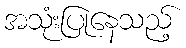
အသုံးပြုနေသည့်